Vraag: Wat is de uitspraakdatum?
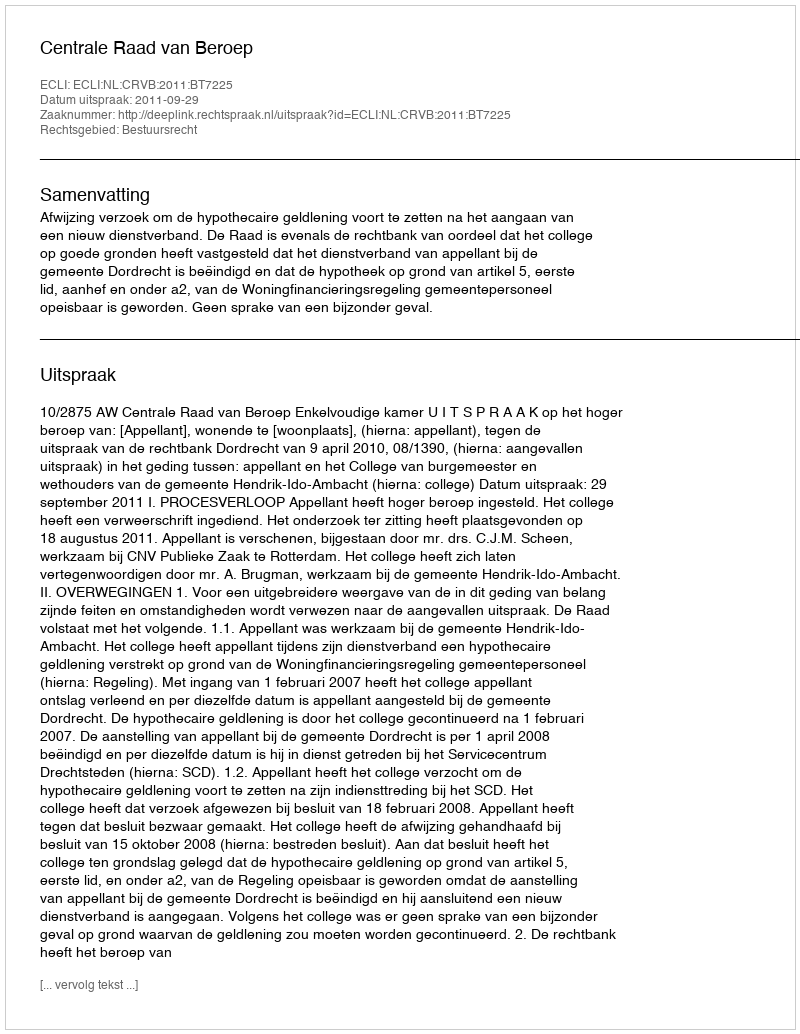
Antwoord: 2011-09-29